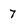
Character: 7